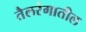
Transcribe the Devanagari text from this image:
तैलरंगातील